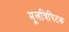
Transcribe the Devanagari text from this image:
मूलत्रिपिटक